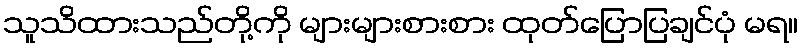
သူသိထားသည်တို့ကို များများစားစား ထုတ်ပြောပြချင်ပုံ မရ။